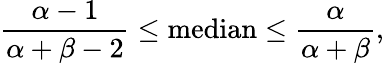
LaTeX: {\frac{\alpha-1}{\alpha+\beta-2}}\leq{\mathrm{median}}\leq{\frac{\alpha}{\alpha+\beta}},